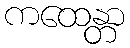
ကထေန္တာ